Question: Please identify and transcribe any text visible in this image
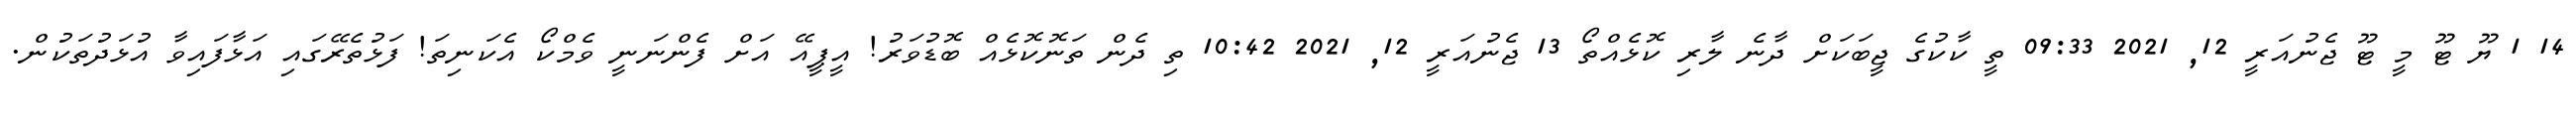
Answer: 14 1 ޔޫ ޓޫ މީ ޓޫ ޖެނުއަރީ 12, 2021 09:33 ތީ ކާކުގެ ޖީބަކަށް ދާނެ ލާރި ކޮޅެއްތޯ 13 ޖެނުއަރީ 12, 2021 10:42 ތި ދެން ތަނޮކޮޅެއް ބޮޑުވަރު! އީޕީއޭ އަށް ފެންނަނީ ވެމްކޯ އެކަނިތަ! ފަޅުތެރޭގައި އަޅާފައިވާ އުޅަދުތަކުން.